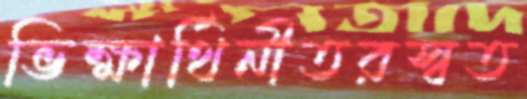
ভিক্ষার্থিনীতরস্বত